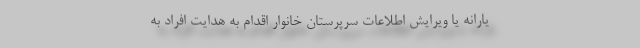
یارانه یا ویرایش اطلاعات سرپرستان خانوار اقدام به هدایت افراد به